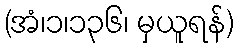
(အံ၊၁၊၁၃၆၊ မှယူရန်)